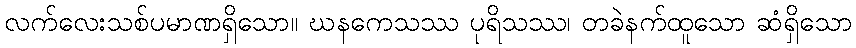
လက်လေးသစ်ပမာဏရှိသော။ ဃနကေသဿ ပုရိသဿ၊ တခဲနက်ထူသော ဆံရှိသော